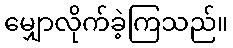
မျှောလိုက်ခဲ့ကြသည်။